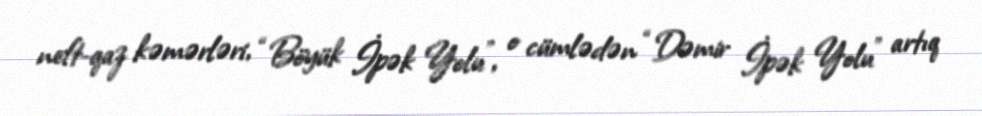
neft-qaz kəmərləri, “Böyük İpək Yolu”, o cümlədən “Dəmir İpək Yolu” artıq